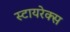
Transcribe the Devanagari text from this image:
स्टायरेक्स